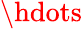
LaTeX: \hdots